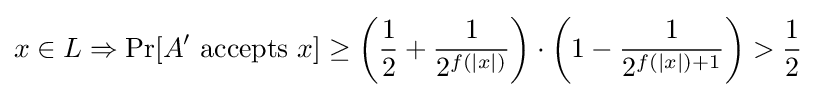
x\in L\Rightarrow \Pr[A'{\text{ accepts }}x]\geq \left({\frac {1}{2}}+{\frac {1}{2^{f(|x|)}}}\right)\cdot \left(1-{\frac {1}{2^{f(|x|)+1}}}\right)>{\frac {1}{2}}